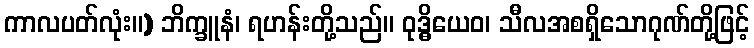
ကာလပတ်လုံး။) ဘိက္ခူနံ၊ ရဟန်းတို့သည်။ ဝုဒ္ဓိယေဝ၊ သီလအစရှိသောဂုဏ်တို့ဖြင့်